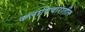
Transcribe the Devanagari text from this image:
कलाविचारातील